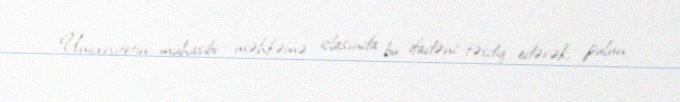
Universitetin mühasibi məhkəmə iclasında bu ifadəni təsdiq edərək, pulun